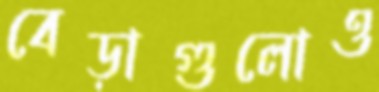
বেড়াগুলোও